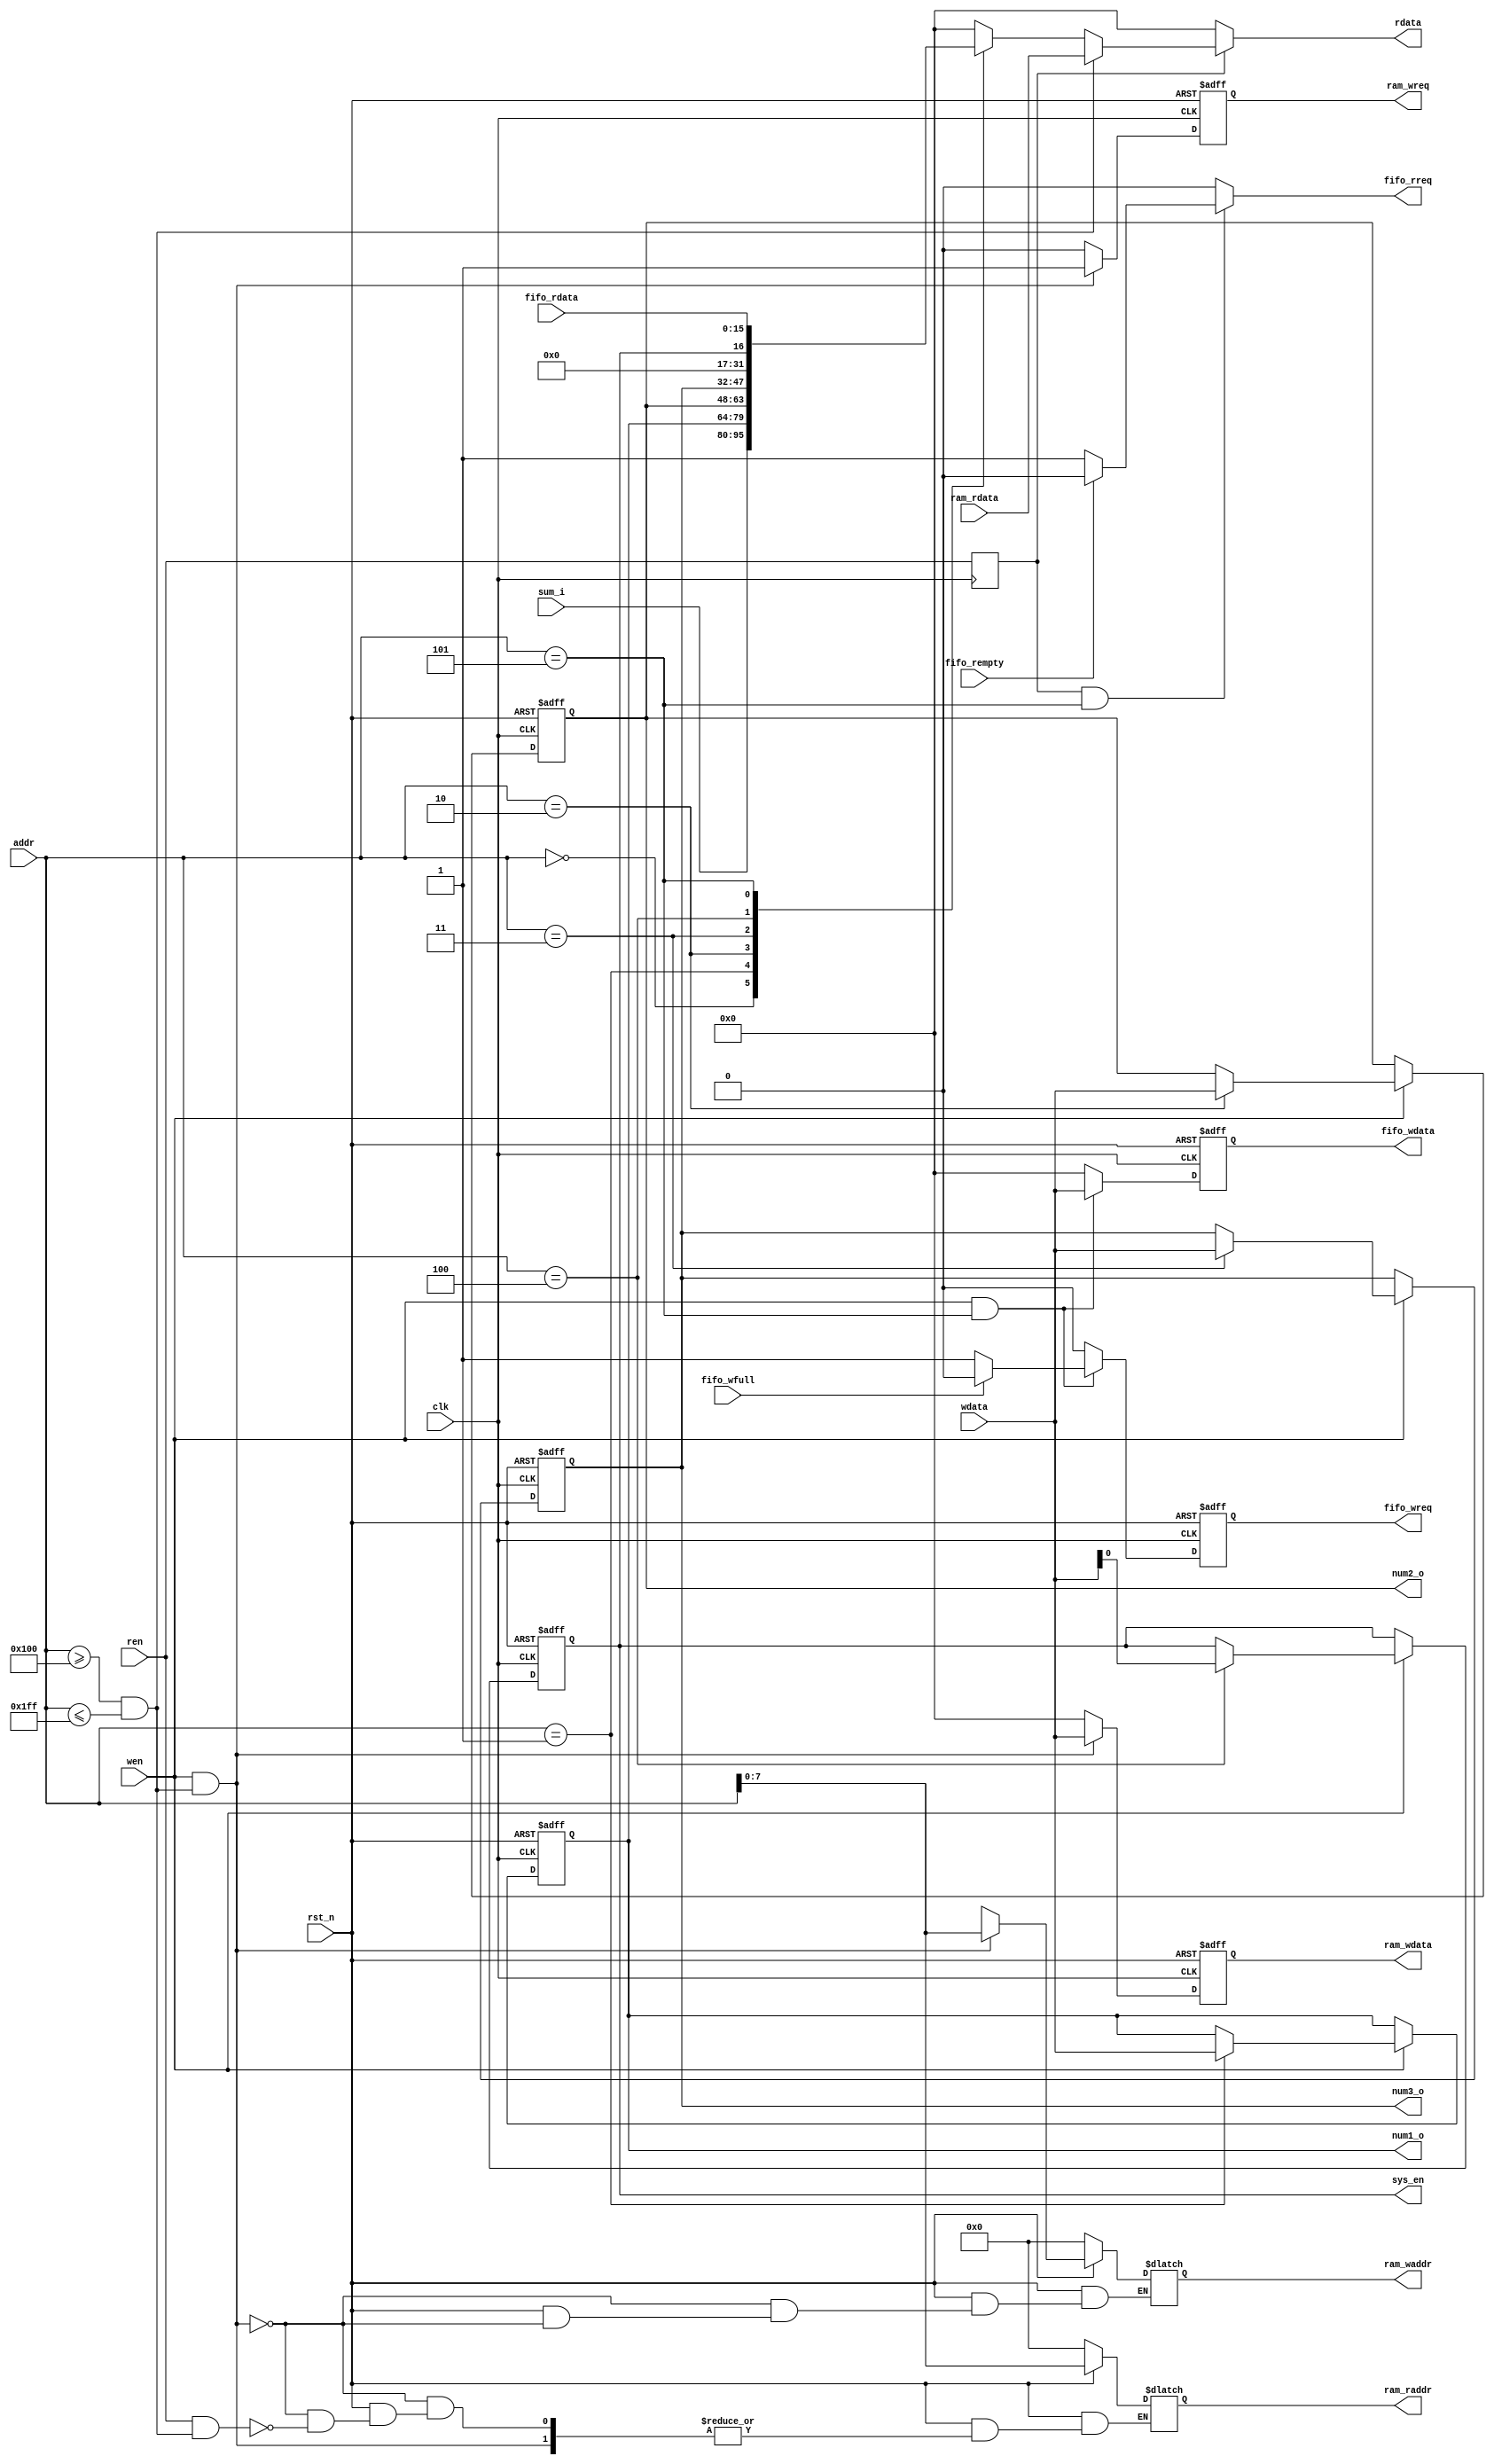
// user register define
// Programmer's model
//-------------------------------------
// 0x0000   R   sum[15:0]     sum of num1~3
// 0x0001   RW  num1[15:0]
// 0x0002   RW  num2[15:0]
// 0x0003   RW  num3[15:0]
// 0x0004   RW  ctrl[0]
//              /0  en
// 0x0005   RW  fifo_data[15:0]
// 0x0100   RW  ram_data[15:0]
// |
// 0x01FF   
//-------------------------------------
`define ADDR_SUM        0
`define ADDR_NUM1       1
`define ADDR_NUM2       2
`define ADDR_NUM3       3
`define ADDR_CTRL       4
`define ADDR_fifo_data  5
`define ADDR_ram_data_b 16'h0100
`define ADDR_ram_data_e 16'h01FF
//-------------------------------------


module regBank #(
    parameter   p_WIDTH_ADDR = 16,
    parameter   p_WIDTH_DATA = 16
)(
    input   wire                        clk,
    input   wire                        rst_n,
    // register rw interface
    input   wire    [p_WIDTH_ADDR-1:0]  addr,
    input   wire    [p_WIDTH_DATA-1:0]  wdata,
    output  reg     [p_WIDTH_DATA-1:0]  rdata,
    input   wire                        wen,
    input   wire                        ren,
    // register interface
    input   wire    [15:0]              sum_i,
    output  wire    [15:0]              num1_o,
    output  wire    [15:0]              num2_o,
    output  wire    [15:0]              num3_o,
    output  wire                        sys_en,
    // fifo interface
    output  reg                         fifo_wreq,
    output  reg     [15:0]              fifo_wdata,
    input   wire                        fifo_wfull,
    output  reg                         fifo_rreq,
    input   wire    [15:0]              fifo_rdata,
    input   wire                        fifo_rempty,
    // ram interface
    output  reg                         ram_wreq,
    output  reg     [7:0]               ram_waddr,
    output  reg     [15:0]              ram_wdata,
    output  reg     [7:0]               ram_raddr,
    input   wire    [15:0]              ram_rdata
);


// For ram read operation, the first clock need to load raddr and it's the second clock that can read the data out
// all read operations are delayed by one clock
reg r_ren;

always @(posedge clk) begin
    r_ren <= ren;
end


// register 
// define
reg     [15:0]      reg_num1;
reg     [15:0]      reg_num2;
reg     [15:0]      reg_num3;
reg                 reg_ctrl;

// read
always @(*) begin
    if(r_ren) begin
        if((addr >= `ADDR_ram_data_b) &&(addr <= `ADDR_ram_data_e)) begin
            rdata = ram_rdata;
        end
        else begin
            case (addr)
                (`ADDR_SUM)         : rdata = sum_i;
                (`ADDR_NUM1)        : rdata = reg_num1;
                (`ADDR_NUM2)        : rdata = reg_num2;
                (`ADDR_NUM3)        : rdata = reg_num3;
                (`ADDR_CTRL)        : rdata = {15'd0, reg_ctrl};
                (`ADDR_fifo_data)   : rdata = fifo_rdata;
                default             : rdata = {p_WIDTH_DATA{1'b0}};
            endcase
        end
    end
    else begin
        rdata = {p_WIDTH_DATA{1'b0}};
    end
end

// write
always @(posedge clk, negedge rst_n) begin
    if(!rst_n) begin
        reg_num1 <= 16'd0;
        reg_num2 <= 16'd0;
        reg_num3 <= 16'd0;
        reg_ctrl <= 1'd0;
    end
    else if(wen) begin
        case (addr)
            (`ADDR_NUM1) : reg_num1 <= wdata;
            (`ADDR_NUM2) : reg_num2 <= wdata;
            (`ADDR_NUM3) : reg_num3 <= wdata;
            (`ADDR_CTRL) : reg_ctrl <= wdata[0];
            default : ; 
        endcase
    end
    else ;
end

// out wire
assign num1_o = reg_num1;
assign num2_o = reg_num2;
assign num3_o = reg_num3;
assign sys_en = reg_ctrl;


// fifo
// read
always @(*) begin
    if(r_ren &&(addr == (`ADDR_fifo_data))) begin
        fifo_rreq = (fifo_rempty) ?1'b0 :1'b1;
    end
    else begin
        fifo_rreq = 1'b0;
    end
end

// write
always @(posedge clk, negedge rst_n) begin
    if(!rst_n) begin
        fifo_wreq   <= 1'b0;
        fifo_wdata  <= 16'd0;
    end
    else if(wen &&(addr == (`ADDR_fifo_data))) begin
        fifo_wreq   <= (fifo_wfull) ?1'b0 :1'b1;
        fifo_wdata  <= wdata;
    end
    else begin
        fifo_wreq   <= 1'b0;
        fifo_wdata  <= 16'd0;
    end
end


// dual port ram
// set addr
always @(*) begin
    if(!rst_n) begin
        ram_waddr   = 8'd0;
        ram_raddr   = 8'd0;
    end
    else if(wen &&((addr >= `ADDR_ram_data_b) &&(addr <= `ADDR_ram_data_e))) begin
        ram_waddr   = addr[7:0];
    end
    else if(ren &&((addr >= `ADDR_ram_data_b) &&(addr <= `ADDR_ram_data_e))) begin
        ram_raddr   = addr[7:0];
    end
    else begin
        ram_waddr   = ram_waddr;
        ram_raddr   = ram_raddr;
    end
end

// write data
always @(posedge clk, negedge rst_n) begin
    if(!rst_n) begin
        ram_wreq    <= 1'b0;
        ram_wdata   <= 16'd0;
    end
    else if(wen &&((addr >= `ADDR_ram_data_b) &&(addr <= `ADDR_ram_data_e))) begin
        ram_wreq    <= 1'b1;
        ram_wdata   <= wdata;
    end
    else begin
        ram_wreq    <= 1'b0;
        ram_wdata   <= 16'd0;
    end
end


endmodule